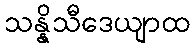
သန္နိသီဒေယျာထ